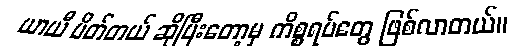
ယာယီ ပိတ်တယ် ဆိုပြီးတော့မှ ကိစ္စရပ်တွေ ဖြစ်လာတယ်။